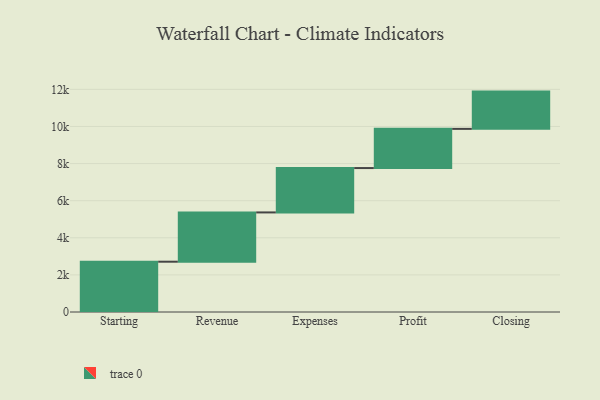
{"axis": {"x": "Step", "y": "Value"}, "legend": [""], "data": [{"x": "Starting", "y": 2711.0, "type": ""}, {"x": "Revenue", "y": 2656.0, "type": ""}, {"x": "Expenses", "y": 2391.0, "type": ""}, {"x": "Profit", "y": 2112.0, "type": ""}, {"x": "Closing", "y": 2009.0, "type": ""}]}